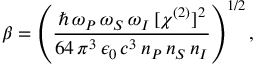
\beta = \left( \frac { \hbar \, \omega _ { P } \, \omega _ { S } \, \omega _ { I } \, [ \chi ^ { ( 2 ) } ] ^ { 2 } } { 6 4 \, \pi ^ { 3 } \, \epsilon _ { 0 } \, c ^ { 3 } \, n _ { P } \, n _ { S } \, n _ { I } } \right) ^ { 1 / 2 } ,